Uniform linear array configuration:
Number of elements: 32
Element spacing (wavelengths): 1
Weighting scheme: hann
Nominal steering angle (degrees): -15
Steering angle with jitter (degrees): -15.621
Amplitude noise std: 0.05
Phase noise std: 0.05

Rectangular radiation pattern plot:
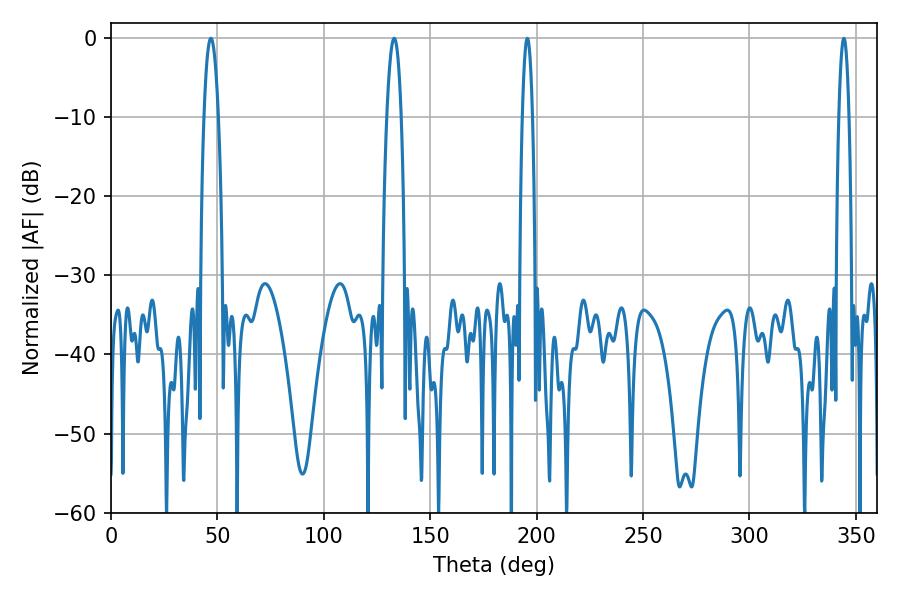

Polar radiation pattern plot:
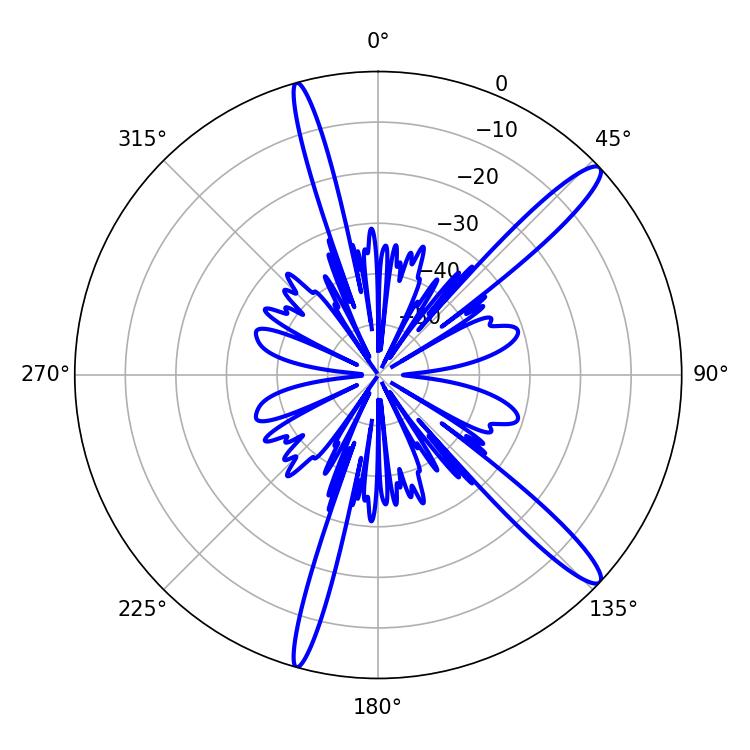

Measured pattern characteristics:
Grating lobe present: TRUE
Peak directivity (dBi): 14.165
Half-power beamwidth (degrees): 2.52
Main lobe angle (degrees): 344.34